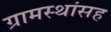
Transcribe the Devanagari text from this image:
ग्रामस्थांसह